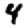
Digit: 4